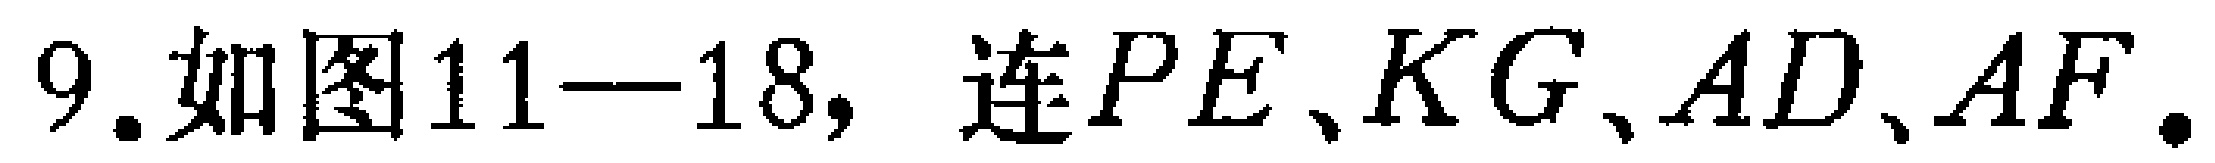
9.如图11—18, 连$PE、KG、AD、AF$.